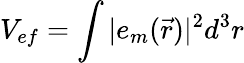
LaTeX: V_{ef}=\int|e_{m}(\vec{r})|^{2}d^{3}r